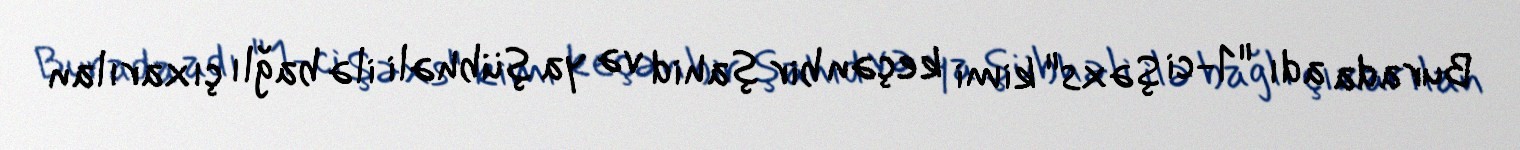
Burada adı "1-ci Şəxs" kimi keçən bir şahid və ya şübhəli ilə bağlı çıxarılan